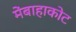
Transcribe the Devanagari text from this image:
मेंबाहाकोट